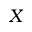
X